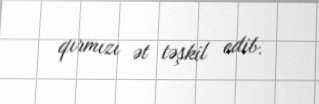
qırmızı ət təşkil edib.